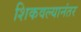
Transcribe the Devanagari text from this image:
शिकवल्यानंतर